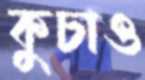
কুচাও